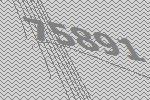
75891